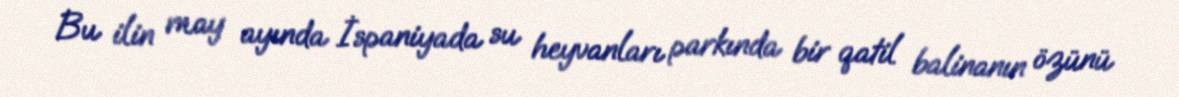
Bu ilin may ayında İspaniyada su heyvanları parkında bir qatil balinanın özünü